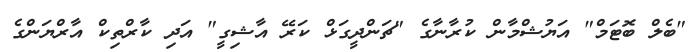
"ބެލް ބޮޓަމް" އަޔުޝްމާން ކުރާނާގެ "ޗަންދީގަޅް ކަރޭ އާޝިގީ" އަދި ކާރްތިކް އާރްޔަންގެ